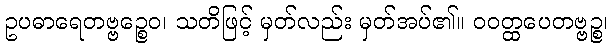
ဥပဓာရေတဗ္ဗဉ္စေဝ၊ သတိဖြင့် မှတ်လည်း မှတ်အပ်၏။ ဝဝတ္ထပေတဗ္ဗဉ္စ၊